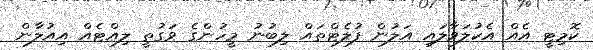
ކޮމިޓީ އެއް އެކުލަވާލައި އަލުން ފުލެޓްތައް ލިބުނު މީހުންގެ ވަގުތީ ލިއްޓެއް އިއުލާން